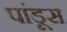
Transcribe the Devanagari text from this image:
पांडूस